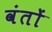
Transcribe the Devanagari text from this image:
वंतों